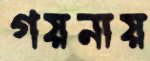
গয়নায়